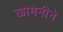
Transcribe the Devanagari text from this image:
खोमेनीने